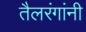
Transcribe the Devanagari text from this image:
तैलरंगांनी